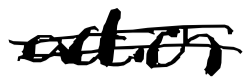
Text: action
Cross-out: double-line
Writing tool: digital_black